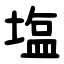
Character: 塩